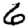
Digit: 6